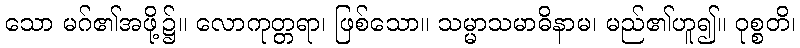
သော မဂ်၏အဖို့၌။ လောကုတ္တရာ၊ ဖြစ်သော။ သမ္မာသမာဓိနာမ၊ မည်၏ဟူ၍။ ဝုစ္စတိ၊